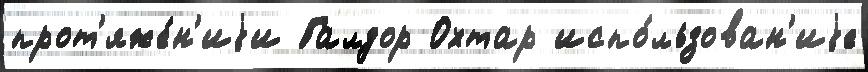
прот'яже́н'иjи Галдор Охтар испо́льзован'иjе